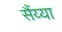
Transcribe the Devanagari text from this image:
सैंय्या